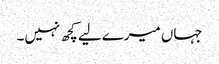
جہاں میرے لیے کچھ نہیں۔